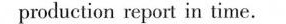
production report in time.